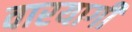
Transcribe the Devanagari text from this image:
वारयागी